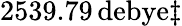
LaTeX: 2539.79\, \mathrm{debye}\ddagger